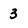
Character: 3